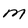
Character: M